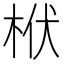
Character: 栿